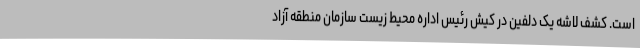
است. کشف لاشه یک دلفین در کیش رئیس اداره محیط‌ زیست سازمان منطقه آزاد